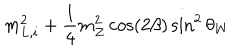
LaTeX: m _ { L , i } ^ { 2 } + \frac { 1 } { 4 } m _ { Z } ^ { 2 } \cos ( 2 \beta ) \sin ^ { 2 } \theta _ { W }